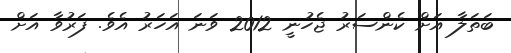
ބަތަލާ އަށް ކެންސަރު ޖެހުނީ 2012 ވަނަ އަހަރު އެވެ. ފަރުވާ އަށް